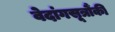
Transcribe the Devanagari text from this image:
वेदांगसूत्रौंकी